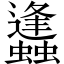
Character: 蠭